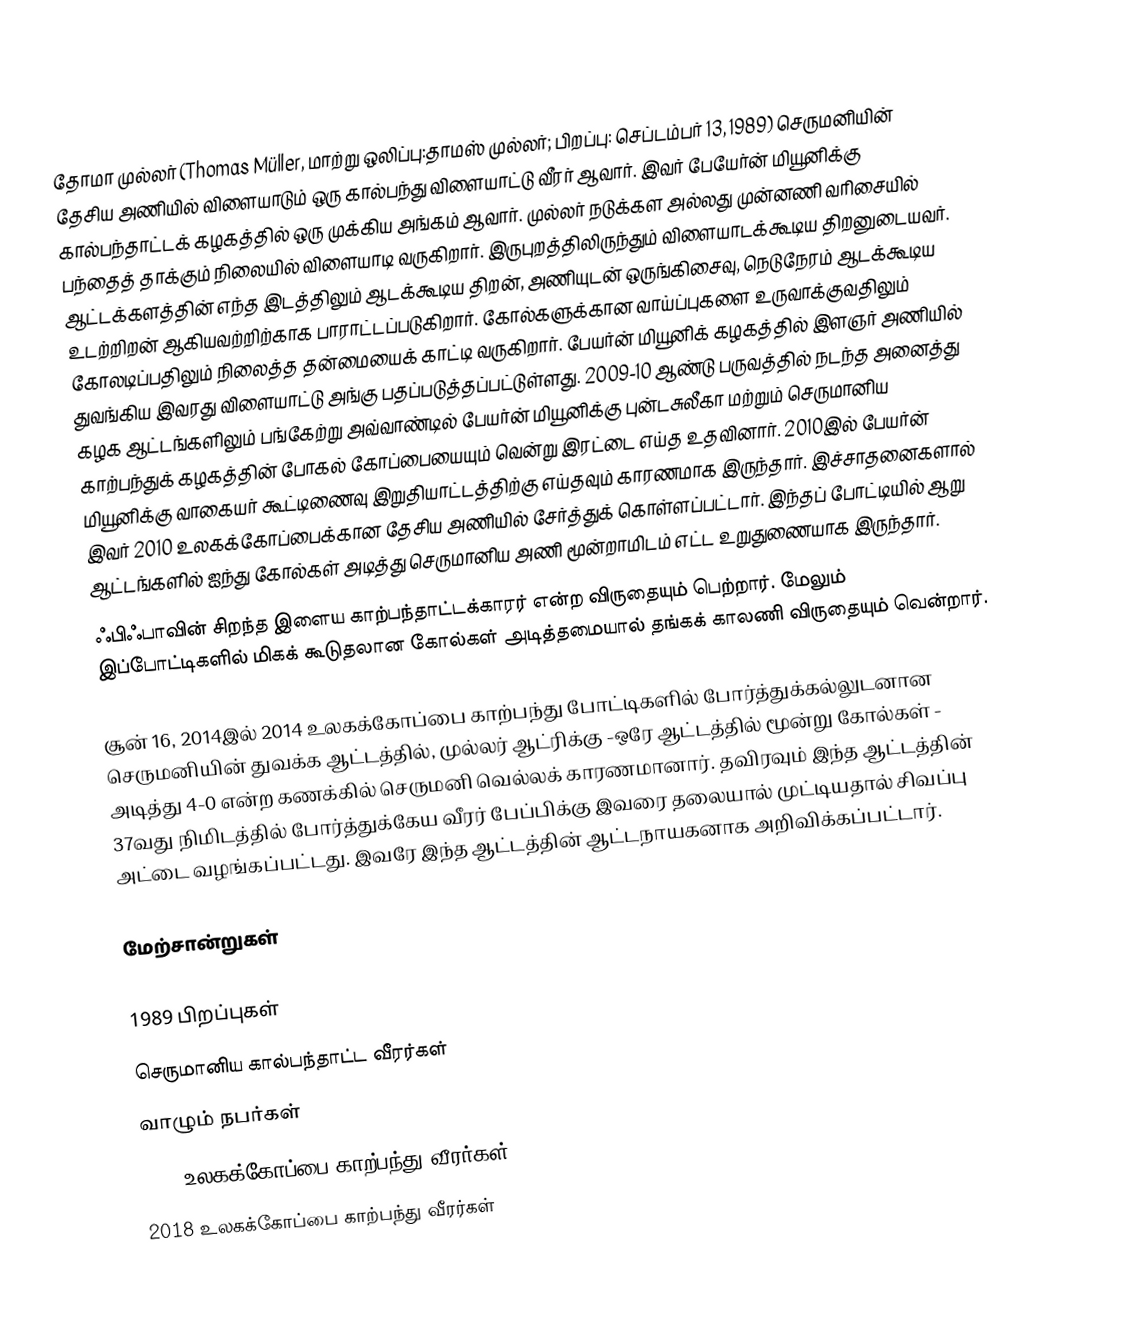
தோமா முல்லர் (Thomas Müller, மாற்று ஒலிப்பு:தாமஸ் முல்லர்; பிறப்பு: செப்டம்பர் 13, 1989) செருமனியின் தேசிய அணியில் விளையாடும் ஒரு கால்பந்து விளையாட்டு வீரர் ஆவார். இவர் பேயேர்ன் மியூனிக்கு  கால்பந்தாட்டக் கழகத்தில் ஒரு முக்கிய அங்கம் ஆவார். முல்லர் நடுக்கள அல்லது முன்னணி வரிசையில் பந்தைத் தாக்கும் நிலையில் விளையாடி வருகிறார். இருபுறத்திலிருந்தும் விளையாடக்கூடிய திறனுடையவர்.  ஆட்டக்களத்தின் எந்த இடத்திலும் ஆடக்கூடிய திறன், அணியுடன் ஒருங்கிசைவு, நெடுநேரம் ஆடக்கூடிய உடற்றிறன் ஆகியவற்றிற்காக பாராட்டப்படுகிறார். கோல்களுக்கான வாய்ப்புகளை உருவாக்குவதிலும் கோலடிப்பதிலும் நிலைத்த தன்மையைக் காட்டி வருகிறார். பேயர்ன் மியூனிக் கழகத்தில் இளஞர் அணியில் துவங்கிய இவரது விளையாட்டு அங்கு பதப்படுத்தப்பட்டுள்ளது. 2009-10 ஆண்டு பருவத்தில் நடந்த அனைத்து கழக ஆட்டங்களிலும் பங்கேற்று அவ்வாண்டில் பேயர்ன் மியூனிக்கு புன்டசுலீகா மற்றும் செருமானிய காற்பந்துக் கழகத்தின் போகல் கோப்பையையும் வென்று இரட்டை எய்த உதவினார். 2010இல் பேயர்ன் மியூனிக்கு வாகையர் கூட்டிணைவு இறுதியாட்டத்திற்கு எய்தவும் காரணமாக இருந்தார். இச்சாதனைகளால் இவர் 2010 உலகக்கோப்பைக்கான தேசிய அணியில் சேர்த்துக் கொள்ளப்பட்டார். இந்தப் போட்டியில் ஆறு ஆட்டங்களில் ஐந்து கோல்கள் அடித்து செருமானிய அணி மூன்றாமிடம் எட்ட உறுதுணையாக இருந்தார்.
ஃபிஃபாவின் சிறந்த இளைய காற்பந்தாட்டக்காரர் என்ற விருதையும் பெற்றார். மேலும் இப்போட்டிகளில் மிகக் கூடுதலான கோல்கள் அடித்தமையால் தங்கக் காலணி விருதையும் வென்றார்.

சூன் 16, 2014இல் 2014 உலகக்கோப்பை காற்பந்து போட்டிகளில் போர்த்துக்கல்லுடனான செருமனியின் துவக்க ஆட்டத்தில், முல்லர் ஆட்ரிக்கு -ஒரே ஆட்டத்தில் மூன்று கோல்கள் - அடித்து  4-0 என்ற கணக்கில் செருமனி வெல்லக் காரணமானார். தவிரவும் இந்த ஆட்டத்தின் 37வது நிமிடத்தில் போர்த்துக்கேய வீரர்  பேப்பிக்கு இவரை தலையால் முட்டியதால் சிவப்பு அட்டை வழங்கப்பட்டது. இவரே இந்த ஆட்டத்தின் ஆட்டநாயகனாக அறிவிக்கப்பட்டார்.

மேற்சான்றுகள்

1989 பிறப்புகள்
செருமானிய கால்பந்தாட்ட வீரர்கள்
வாழும் நபர்கள்
2010 உலகக்கோப்பை காற்பந்து வீரர்கள்
2018 உலகக்கோப்பை காற்பந்து வீரர்கள்